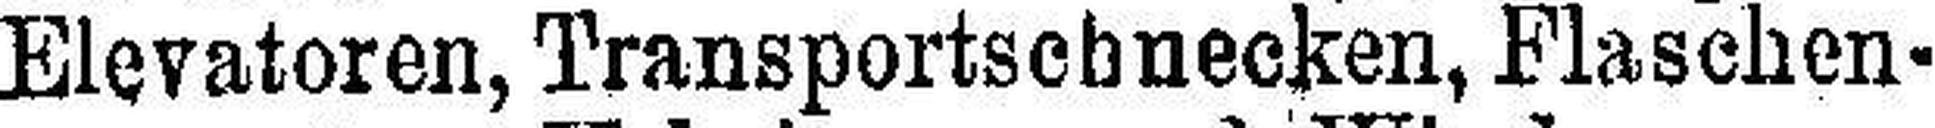
Elevatoren, Transportschnecken, Flaschen¬